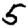
Digit: 5